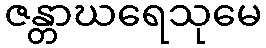
ဇန္တာဃရေသုမေ